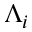
\Lambda _ { i }